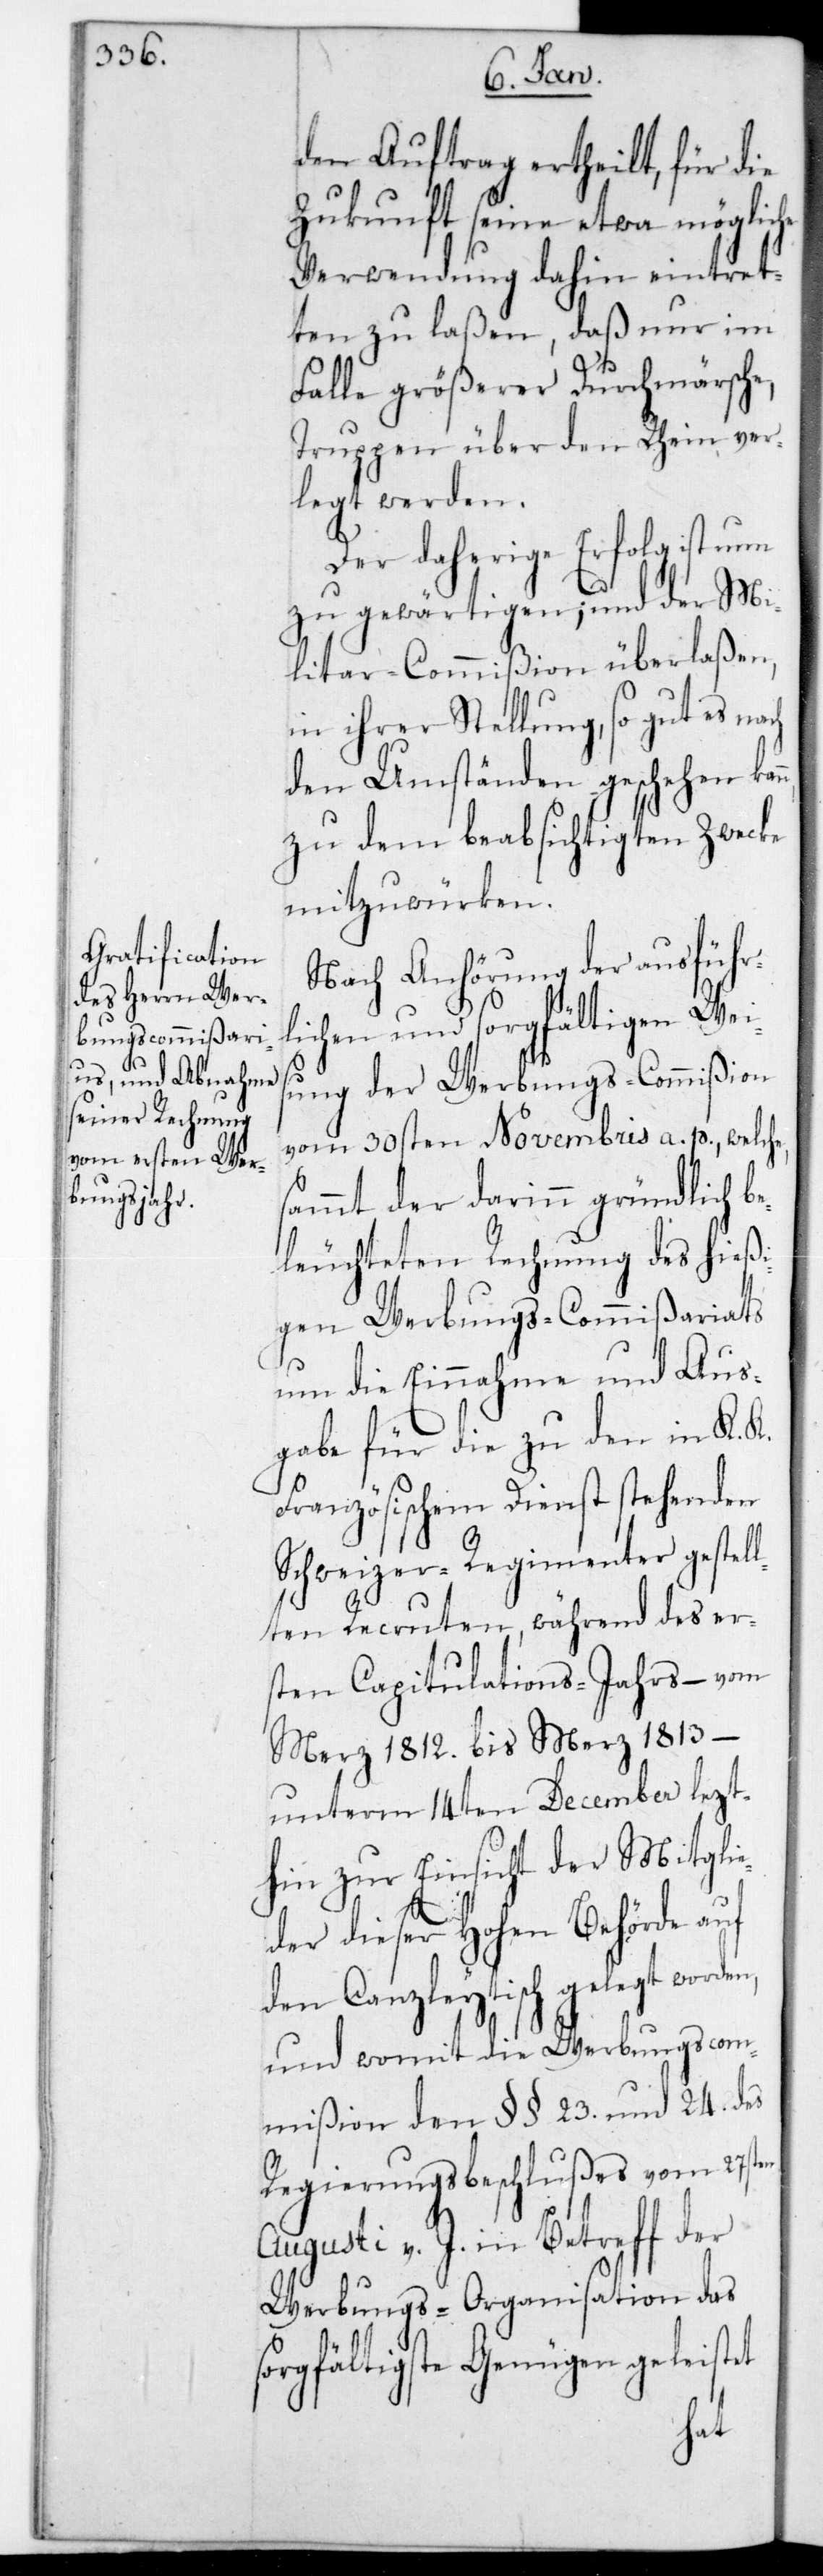
den Auftrag ertheilt, für die
Zukunft seine etwa möglic¬
Verwendung dahin eintret¬
ten zu laßen, daß nur im
Falle größerer Durchmärsche,
Truppen über den Rhein ver¬
legt werden.
Der daherige Erfolg ist nun
zu gewärtigen; und der Mi¬
litar-Commißion überlaßen,
in ihrer Stellung so gut es nach
den Umständen geschehen ka¬
zu dem beabsichtigten Zwecke
mitzuwürken.
Nach Anhörung der ausführ¬
lichen und sorgfältigen Weis¬
ung der Werbungs-Commißion
vom 30sten Novembris a. p., welche
sammt der darin gründlich b¬
eleuchteten Rechnung des hießi¬
gen Werbungs-Commißariats
um die Einnahme und Aus¬
gabe für die zu den in K. K.
Französischem Dienst stehenden
Schweizer-Regimenter gestel¬
lten Recruten, während des er¬
sten Capitulations-Jahrs, – vom
n,
März 1812. bis März 1813.
unterm 14ten December lezt¬
hin zur Einsicht der Mitgli¬
eder dieser Hohen Behörde auf
den Canzleytisch gelegt worde¬
und womit die Werbungscom¬
mißion den §§. 23. und 24. des
Regierungsbeschlußes vom 27sten
Augusti v. J. in Betreff der
Werbungs-Organisation das
sorgfältigste Genügen geleistet